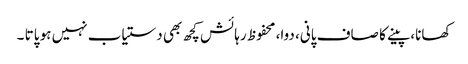
کھانا، پینے کا صاف پانی، دوا، محفوظ رہائش کچھ بھی دستیاب نہیں ہو پاتا ۔